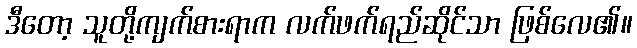
ဒီတော့ သူတို့ကျက်စားရာက လက်ဖက်ရည်ဆိုင်သာ ဖြစ်လေ၏။